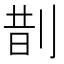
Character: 剒